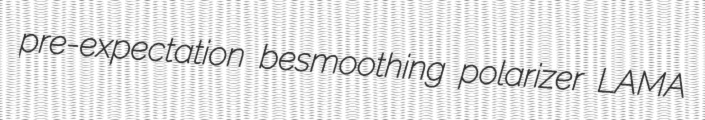
pre-expectation besmoothing polarizer LAMA